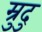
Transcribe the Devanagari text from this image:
म्रुदु